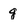
Character: g